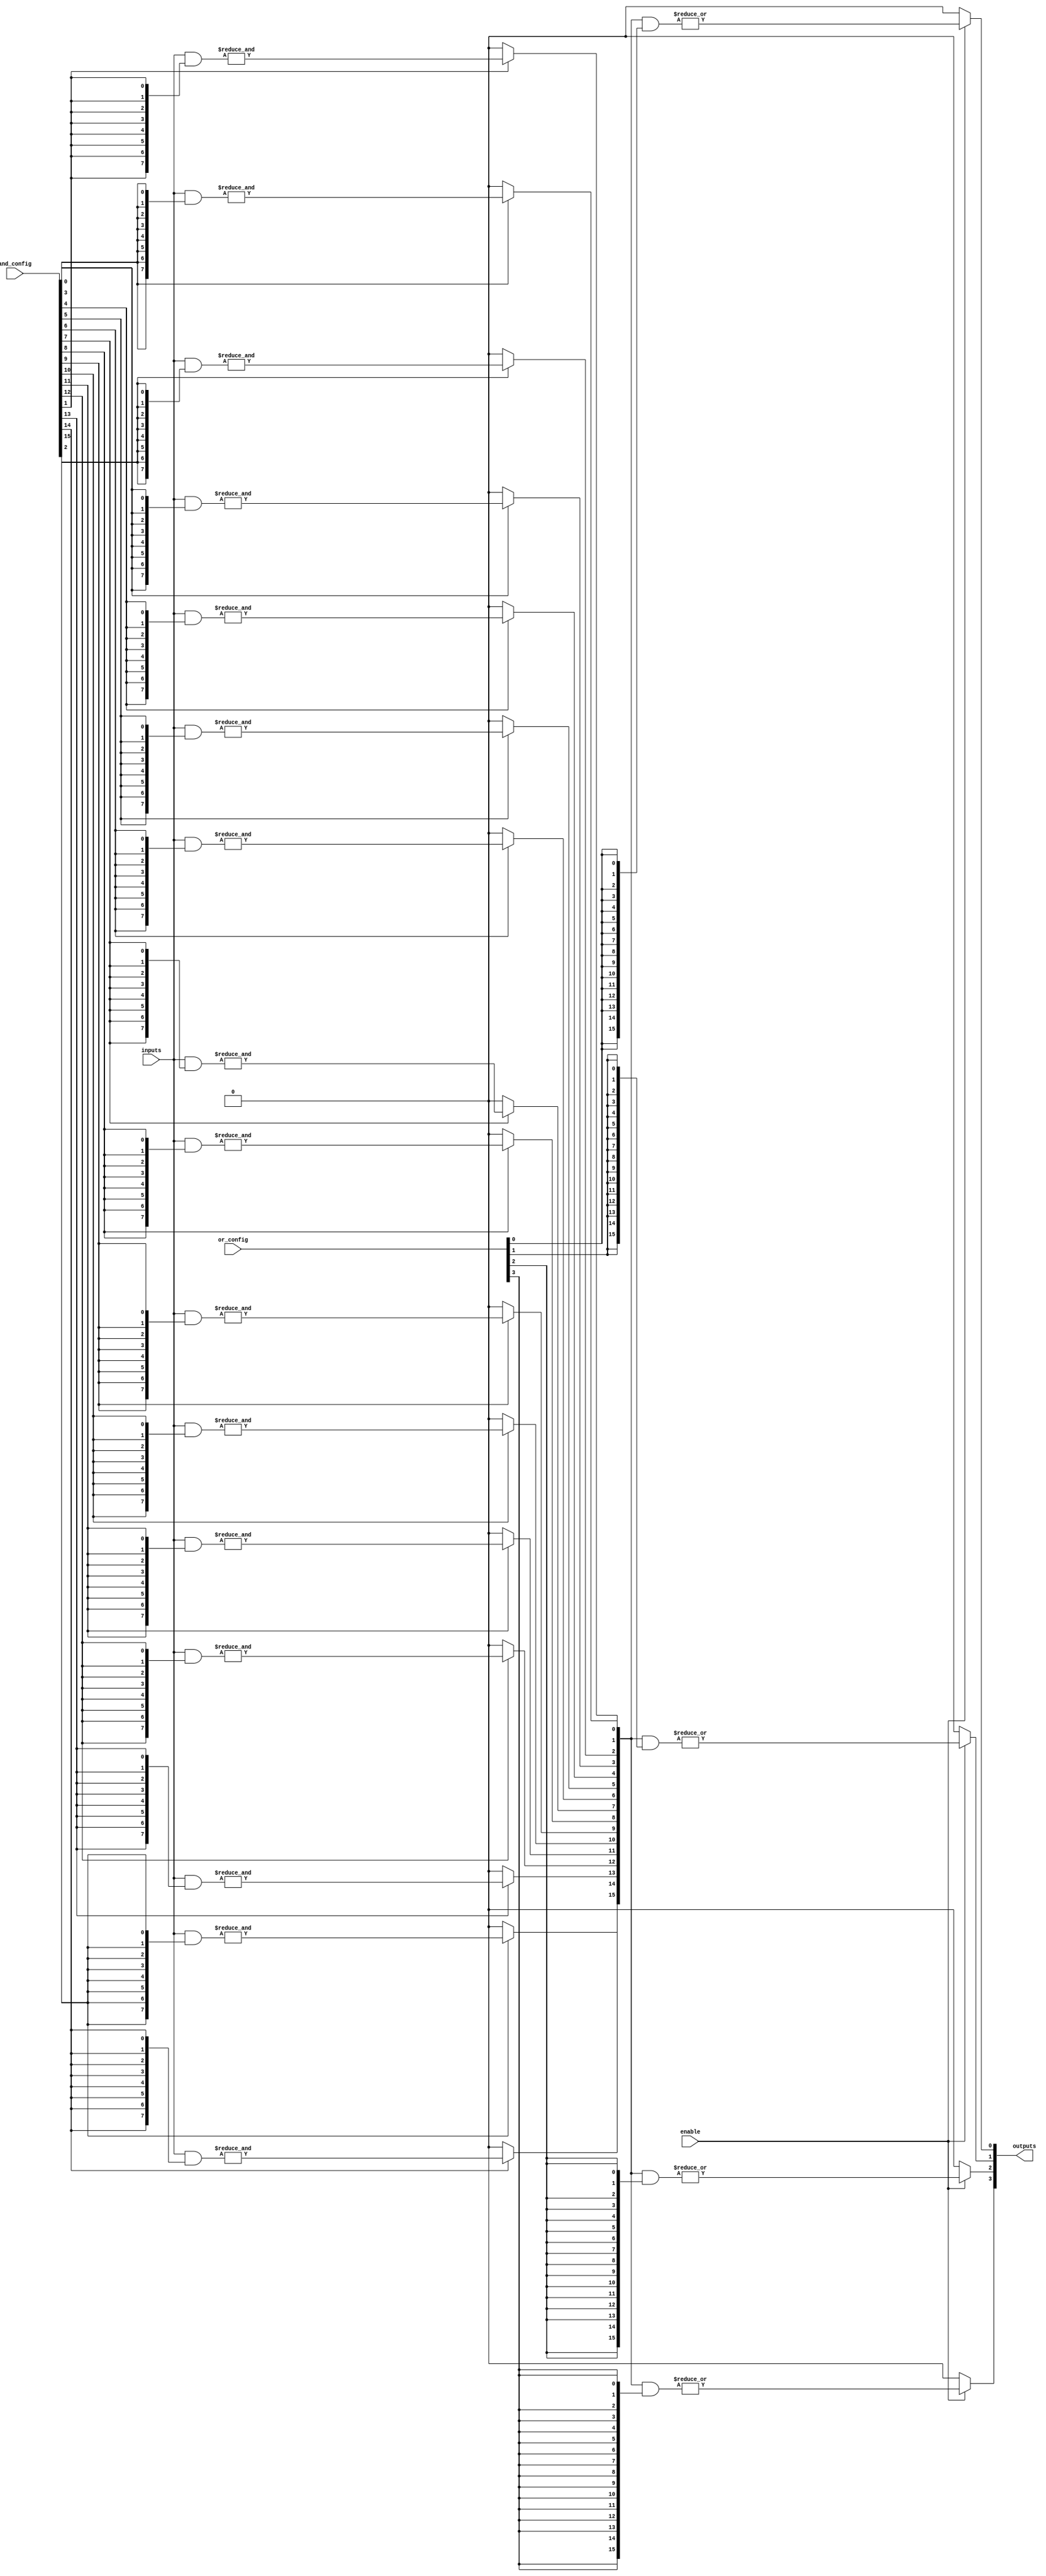
module SPAL #(
    parameter NUM_INPUTS = 8,         // Number of input lines
    parameter NUM_OUTPUTS = 4,        // Number of output lines
    parameter NUM_PRODUCT_TERMS = 16   // Number of product terms
)(
    input  wire [NUM_INPUTS-1:0] inputs,          // Input lines
    input  wire [NUM_PRODUCT_TERMS-1:0] and_config, // Configuration for AND array
    input  wire [NUM_OUTPUTS-1:0] or_config,      // Configuration for OR array
    input  wire enable,                            // Enable signal
    output wire [NUM_OUTPUTS-1:0] outputs         // Output lines
);

    // Intermediate product terms
    wire [NUM_PRODUCT_TERMS-1:0] product_terms;

    // Generate product terms using programmable AND array
    genvar i, j;
    generate
        for (i = 0; i < NUM_PRODUCT_TERMS; i = i + 1) begin : and_array
            assign product_terms[i] = (and_config[i]) ? 
                (&(inputs & {NUM_INPUTS{and_config[i]}})) : 1'b0; // AND operation based on configuration
        end
    endgenerate

    // Final outputs using programmable OR array
    generate
        for (j = 0; j < NUM_OUTPUTS; j = j + 1) begin : or_array
            assign outputs[j] = enable ? 
                |(product_terms & {NUM_PRODUCT_TERMS{or_config[j]}}) : 1'b0; // OR operation based on configuration
        end
    endgenerate

endmodule